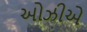
ઓઝીએ